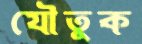
যৌতুক